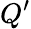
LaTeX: Q^{\prime}